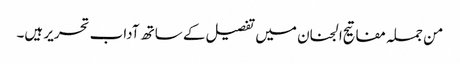
من جملہ مفاتیح الجنان میں تفصیل کے ساتھ آداب تحریر ہیں۔